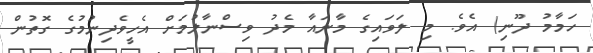
ހަމާމު ދޫނި) އެވެ. މި ލަވައިގެ މާނައާ މެދު ވިސްނާލުމަށް އެހީވެދިނުމުގެ ގޮތުން